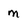
Character: m